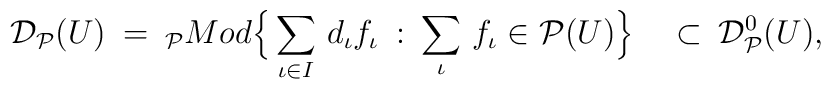
{\cal D}_{\cal P} (U) \: = \: _{\cal P} Mod \Big\{ \sum \limits_{\iota \in I} \, d_{\iota} f_{\iota} \: : \: \sum \limits_{\iota} \, f_{\iota} \in {\cal P} (U) \Big\}  \quad \subset \: {\cal D }_{\cal P}^0 (U),